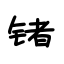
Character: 锗